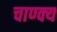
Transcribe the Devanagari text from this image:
चाण्क्य